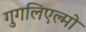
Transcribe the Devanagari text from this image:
गुगलिएल्मो